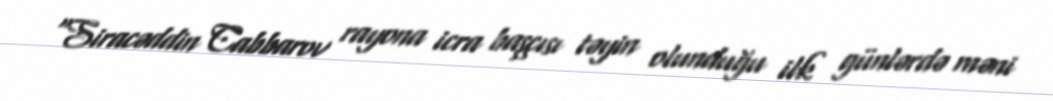
“Siracəddin Cabbarov rayona icra başçısı təyin olunduğu ilk günlərdə məni